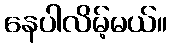
နေပါလိမ့်မယ်။